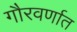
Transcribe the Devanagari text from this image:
गौरवर्णात